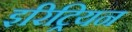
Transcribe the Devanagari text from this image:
इरिट्रियन